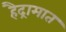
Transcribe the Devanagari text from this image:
हैद्रामात